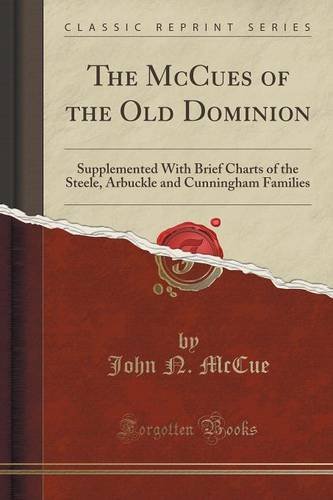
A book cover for The McCues of the Old Dominion: Supplemented With Brief Charts of the Steele, Arbuckle and Cunningham Families (Classic Reprint); John N. McCue; Reference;